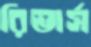
রিভার্স